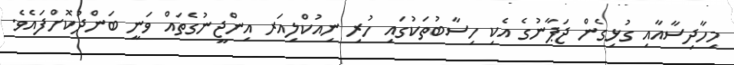
މިހާދިސާއާއި ގުޅިގެން ޖަޕާނުގެ އެކި ހިސާބުތަކުގައި ހުރި ނިއުކްލިއަރ އިންޖީނުގެތައް ވަނީ ބަންދުކޮށްފައެވެ.